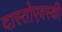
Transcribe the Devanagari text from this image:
दास्तोएवस्की